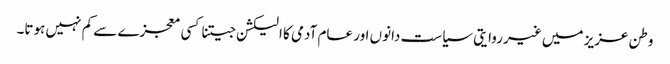
وطن عزیز میں غیر روایتی سیاست دانوں اور عام آدمی کا الیکشن جیتنا کسی معجزے سے کم نہیں ہوتا۔